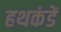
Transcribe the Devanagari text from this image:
हथकंडें